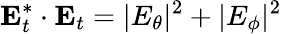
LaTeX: \mathbf{E}_{t}^{*}\cdot\mathbf{E}_{t}=|E_{\theta}|^{2}+|E_{\phi}|^{2}